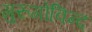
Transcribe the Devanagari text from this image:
गुरुगोविन्द